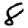
Digit: 8